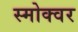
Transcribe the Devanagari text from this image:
स्मोक्वर